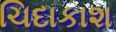
ચિદાકાશ